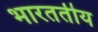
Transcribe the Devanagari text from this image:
भारततीय